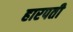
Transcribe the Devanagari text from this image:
हारपती